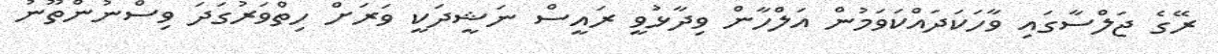
ރޭގެ ޖަލްސާގައި ވާހަކަދައްކަވަމުން އަލްހާން ވިދާޅުވީ ރައީސް ނަޝީދަކީ ވަރަށް ހިތްވަރުގަދަ ވިސްނުންތޫނު